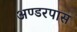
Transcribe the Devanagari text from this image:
अण्डरपास